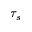
\tau _ { s }